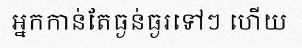
អ្នកកាន់តែធ្ងន់ធ្ងរទៅៗ ហើយ